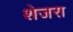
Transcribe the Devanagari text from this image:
शेजरा